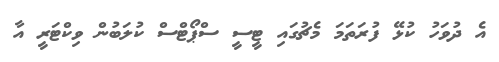
އެ ދުވަހު ކުޅޭ ފުރަތަމަ މެޗުގައި ޓީސީ ސްޕޯޓްސް ކުލަބުން ވިކްޓަރީ އާ